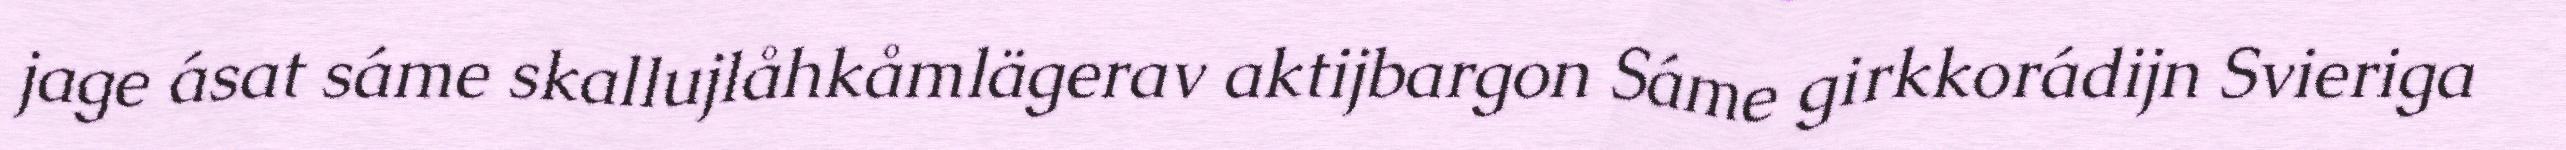
jage ásat sáme skallujlåhkåmlägerav aktijbargon Sáme girkkorádijn Svieriga